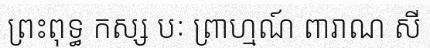
ព្រះពុទ្ធ កស្ស បៈ ព្រាហ្មណ៍ ពារាណ សី